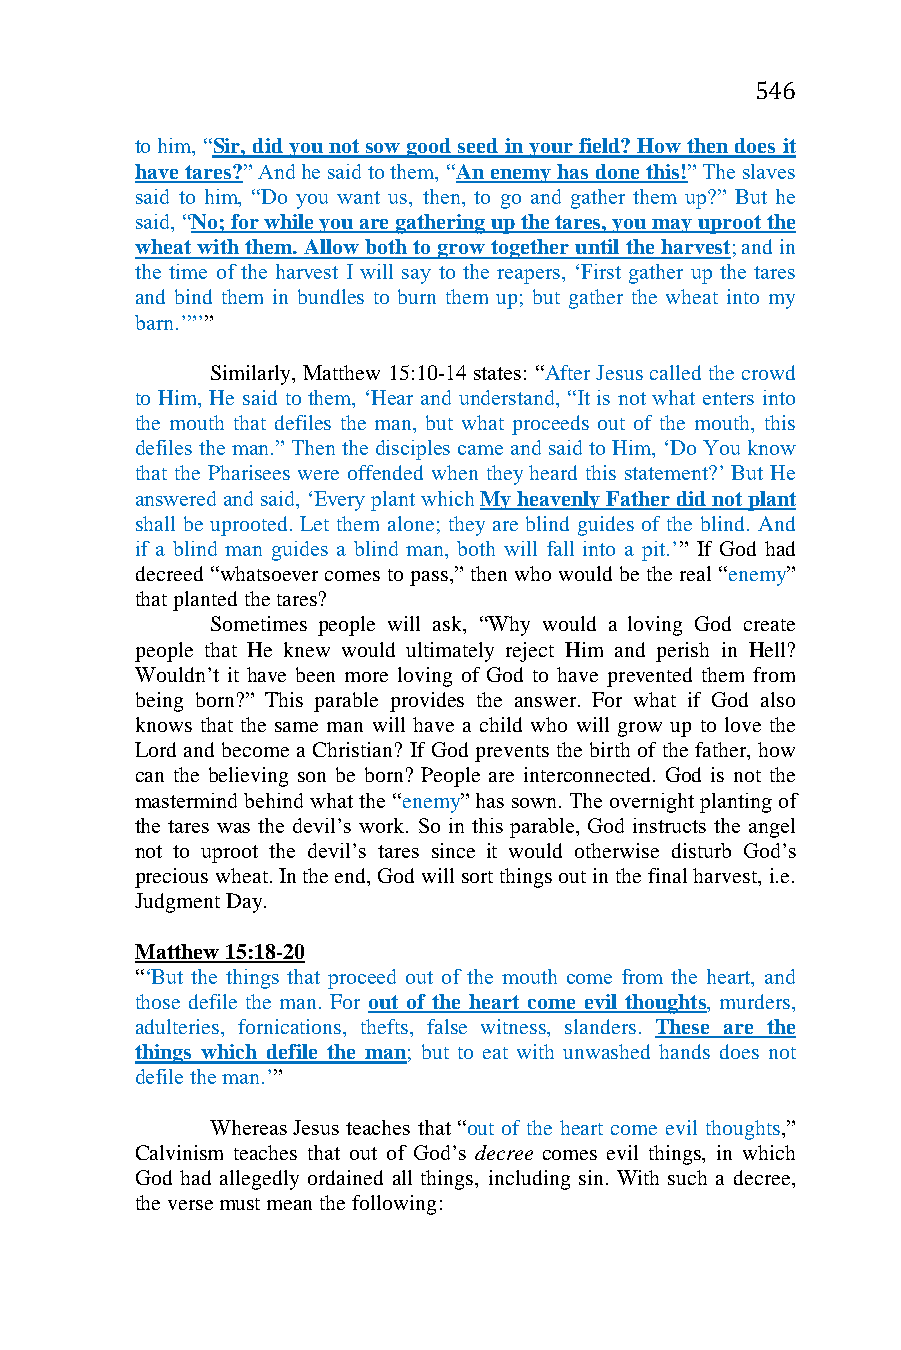
546
 to him, “Sir, did you not sow good seed in your field? How then does it
 have tares?” And he said to them, “An enemy has done this!” The slaves
 said to him, “Do you want us, then, to go and gather them up?” But he
 said, “No; for while you are gathering up the tares, you may uproot the
 wheat with them. Allow both to grow together until the harvest; and in
 the time of the harvest I will say to the reapers, ‘First gather up the tares
 and bind them in bundles to burn them up; but gather the wheat into my
 barn.’”’”
 Similarly, Matthew 15:10-14 states: “After Jesus called the crowd
 to Him, He said to them, ‘Hear and understand, “It is not what enters into
 the mouth that defiles the man, but what proceeds out of the mouth, this
 defiles the man.” Then the disciples came and said to Him, ‘Do You know
 that the Pharisees were offended when they heard this statement?’ But He
 answered and said, ‘Every plant which My heavenly Father did not plant
 shall be uprooted. Let them alone; they are blind guides of the blind. And
 if a blind man guides a blind man, both will fall into a pit.’” If God had
 decreed “whatsoever comes to pass,” then who would be the real “enemy”
 that planted the tares?
 Sometimes people will ask, “Why would a loving God create
 people that He knew would ultimately reject Him and perish in Hell?
 Wouldn’t it have been more loving of God to have prevented them from
 being born?” This parable provides the answer. For what if God also
 knows that the same man will have a child who will grow up to love the
 Lord and become a Christian? If God prevents the birth of the father, how
 can the believing son be born? People are interconnected. God is not the
 mastermind behind what the “enemy” has sown. The overnight planting of
 the tares was the devil’s work. So in this parable, God instructs the angel
 not to uproot the devil’s tares since it would otherwise disturb God’s
 precious wheat. In the end, God will sort things out in the final harvest, i.e.
 Judgment Day.
 Matthew 15:18-20
 “‘But the things that proceed out of the mouth come from the heart, and
 those defile the man. For out of the heart come evil thoughts, murders,
 adulteries, fornications, thefts, false witness, slanders. These are the
 things which defile the man; but to eat with unwashed hands does not
 defile the man.’”
 Whereas Jesus teaches that “out of the heart come evil thoughts,”
 Calvinism teaches that out of God’s decree comes evil things, in which
 God had allegedly ordained all things, including sin. With such a decree,
 the verse must mean the following: